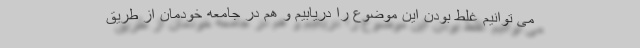
می توانیم غلط بودن این موضوع را دریابیم و هم در جامعه خودمان از طریق